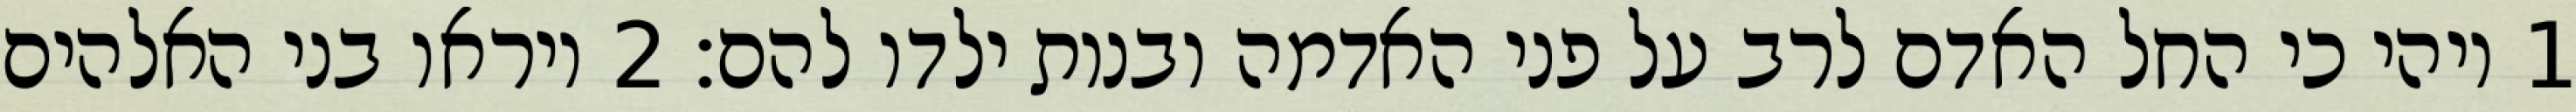
1 ויהי כי החל האדם לרב על פני האדמה ובנות ילדו להם׃ ‎2‏ ויראו בני האלהים